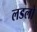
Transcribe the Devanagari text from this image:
लडलो